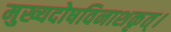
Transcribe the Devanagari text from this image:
मुख्यदोषविनाशकृत्।